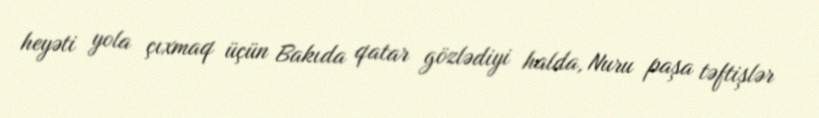
heyəti yola çıxmaq üçün Bakıda qatar gözlədiyi halda, Nuru paşa təftişlər